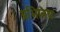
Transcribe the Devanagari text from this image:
अभािनय